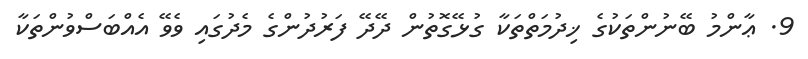
9. ޢާންމު ބޭނުންތަކުގެ ޚިދުމަތްތަކާ ގުޅޭގޮތުން ދޭދޭ ފަރުދުންގެ މެދުގައި ވެވޭ އެއްބަސްވުންތަކާ